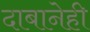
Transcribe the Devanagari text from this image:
दाबानेही